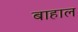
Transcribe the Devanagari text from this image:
बाहाल